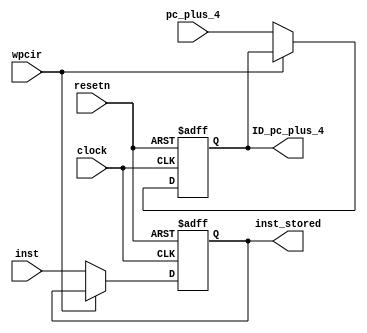
`default_nettype none

module pipe_reg_IF_ID(
    input [31: 0] pc_plus_4, 
    input [31: 0] inst, 
    input wpcir, 
    input clock, 
    input resetn, 
    
    output reg [31: 0] ID_pc_plus_4, 
    output reg [31: 0] inst_stored
);
    // IF/ID 
    // inst_stored  inst 

    always @ (negedge resetn or posedge clock)
    begin
        if (resetn == 0) begin
            ID_pc_plus_4 <= 0;
            inst_stored <= 0;
        end else if (wpcir == 0) begin
            ID_pc_plus_4 <= pc_plus_4;
            inst_stored <= inst;
        end
    end

endmodule